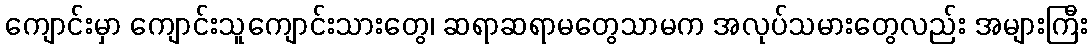
ကျောင်းမှာ ကျောင်းသူကျောင်းသားတွေ၊ ဆရာဆရာမတွေသာမက အလုပ်သမားတွေလည်း အများကြီး